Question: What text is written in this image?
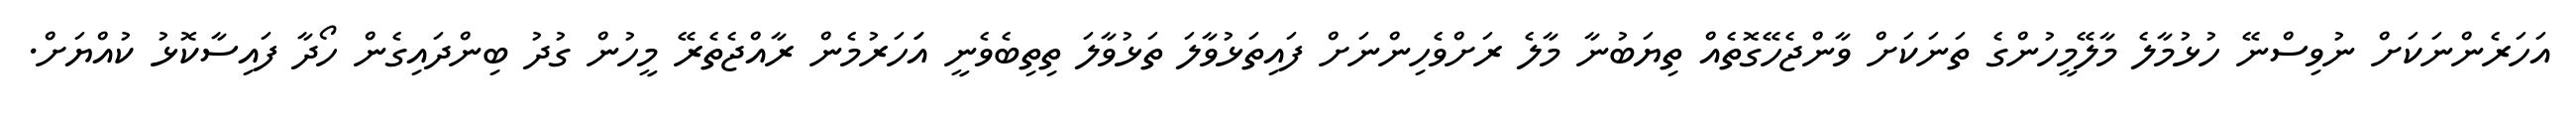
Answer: އަހަރެންނަކަށް ނުވިސްނޭ ހުޅުމާލެ މާލޭމީހުންގެ ތަނަކަށް ވާންޖެހޭގޮތެއް ތިޔަބުނާ މާލެ ރަށްވެހިންނަށް ފައިތަޅުވާލަ ތަޅުވާލަ ތިތިބެވެނީ އަަހަރުމެން ރާއްޖެތެރޭ މީހުން ގުދު ބިންދައިގެން ހޯދާ ފައިސާކޮޅު ކުއްޔަށް.